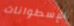
الإسطوانات